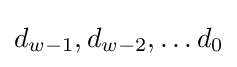
d_{w-1},d_{w-2},\dots d_{0}